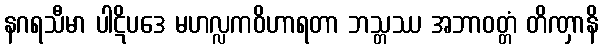
နဂရသီမာ ပါဋိပဒေ မဟလ္လကဝိဟာရတာ ဘသ္တဿ အဘာဝတ္တံ တိဏှာနိ